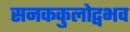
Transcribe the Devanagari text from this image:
सनककुलोद्वभव